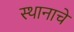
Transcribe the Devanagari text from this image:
स्थानाचें